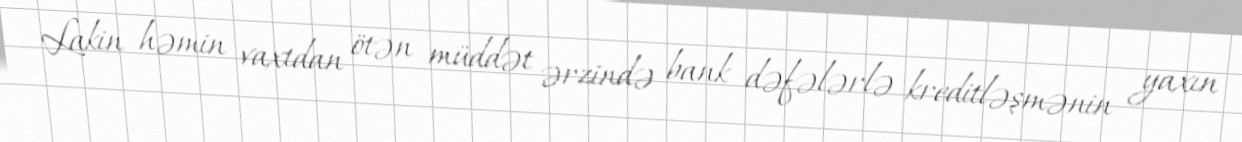
Lakin həmin vaxtdan ötən müddət ərzində bank dəfələrlə kreditləşmənin yaxın